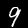
Digit: 9